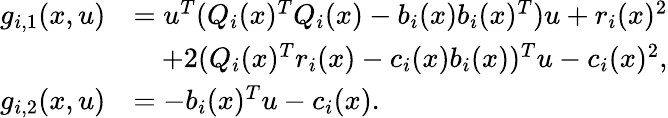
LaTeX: \begin{array}{rl}{g_{i,1}(x,u)}&{=u^{T}(Q_{i}(x)^{T}Q_{i}(x)-b_{i}(x)b_{i}(x)^{T})u+r_{i}(x)^{2}}\\ &{\quad+2(Q_{i}(x)^{T}r_{i}(x)-c_{i}(x)b_{i}(x))^{T}u-c_{i}(x)^{2},}\\ {g_{i,2}(x,u)}&{=-b_{i}(x)^{T}u-c_{i}(x).}\end{array}